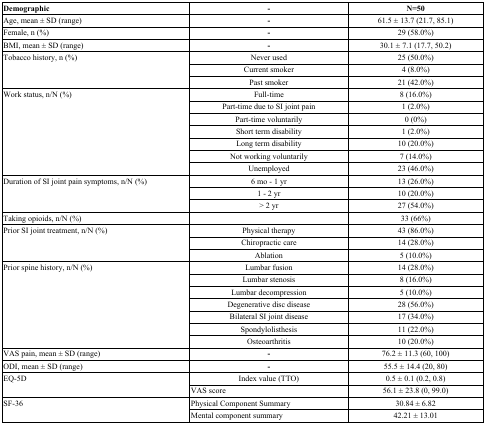
<table><thead><tr><td><b>Demographic</b></td><td><b>-</b></td><td><b>N=50</b></td></tr></thead><tbody><tr><td>Age, mean ± SD (range)</td><td><b>-</b></td><td>61.5 ± 13.7 (21.7, 85.1)</td></tr><tr><td>Female, n (%)</td><td><b>-</b></td><td>29 (58.0%)</td></tr><tr><td>BMI, mean ± SD (range)</td><td><b>-</b></td><td>30.1 ± 7.1 (17.7, 50.2)</td></tr><tr><td rowspan="3">Tobacco history, n (%)</td><td>Never used</td><td>25 (50.0%)</td></tr><tr><td>Current smoker</td><td>4 (8.0%)</td></tr><tr><td>Past smoker</td><td>21 (42.0%)</td></tr><tr><td rowspan="7">Work status, n/N (%)</td><td>Full-time</td><td>8 (16.0%)</td></tr><tr><td>Part-time due to SI joint pain</td><td>1 (2.0%)</td></tr><tr><td>Part-time voluntarily</td><td>0 (0%)</td></tr><tr><td>Short term disability</td><td>1 (2.0%)</td></tr><tr><td>Long term disability</td><td>10 (20.0%)</td></tr><tr><td>Not working voluntarily</td><td>7 (14.0%)</td></tr><tr><td>Unemployed</td><td>23 (46.0%)</td></tr><tr><td rowspan="3">Duration of SI joint pain symptoms, n/N (%)</td><td>6 mo - 1 yr</td><td>13 (26.0%)</td></tr><tr><td>1 - 2 yr</td><td>10 (20.0%)</td></tr><tr><td>&gt; 2 yr</td><td>27 (54.0%)</td></tr><tr><td>Taking opioids, n/N (%)</td><td></td><td>33 (66%)</td></tr><tr><td rowspan="3">Prior SI joint treatment, n/N (%)</td><td>Physical therapy</td><td>43 (86.0%)</td></tr><tr><td>Chiropractic care</td><td>14 (28.0%)</td></tr><tr><td>Ablation</td><td>5 (10.0%)</td></tr><tr><td rowspan="7">Prior spine history, n/N (%)</td><td>Lumbar fusion</td><td>14 (28.0%)</td></tr><tr><td>Lumbar stenosis</td><td>8 (16.0%)</td></tr><tr><td>Lumbar decompression</td><td>5 (10.0%)</td></tr><tr><td>Degenerative disc disease</td><td>28 (56.0%)</td></tr><tr><td>Bilateral SI joint disease</td><td>17 (34.0%)</td></tr><tr><td>Spondylolisthesis</td><td>11 (22.0%)</td></tr><tr><td>Osteoarthritis</td><td>10 (20.0%)</td></tr><tr><td>VAS pain, mean ± SD (range)</td><td><b>-</b></td><td>76.2 ± 11.3 (60, 100)</td></tr><tr><td>ODI, mean ± SD (range)</td><td><b>-</b></td><td>55.5 ± 14.4 (20, 80)</td></tr><tr><td rowspan="2">EQ-5D</td><td>Index value (TTO)</td><td>0.5 ± 0.1 (0.2, 0.8)</td></tr><tr><td>VAS score</td><td>56.1 ± 23.8 (0, 99.0)</td></tr><tr><td rowspan="2">SF-36</td><td>Physical Component Summary</td><td>30.84 ± 6.82</td></tr><tr><td>Mental component summary</td><td>42.21 ± 13.01</td></tr></tbody></table>